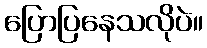
ပြောပြနေသလိုပဲ။